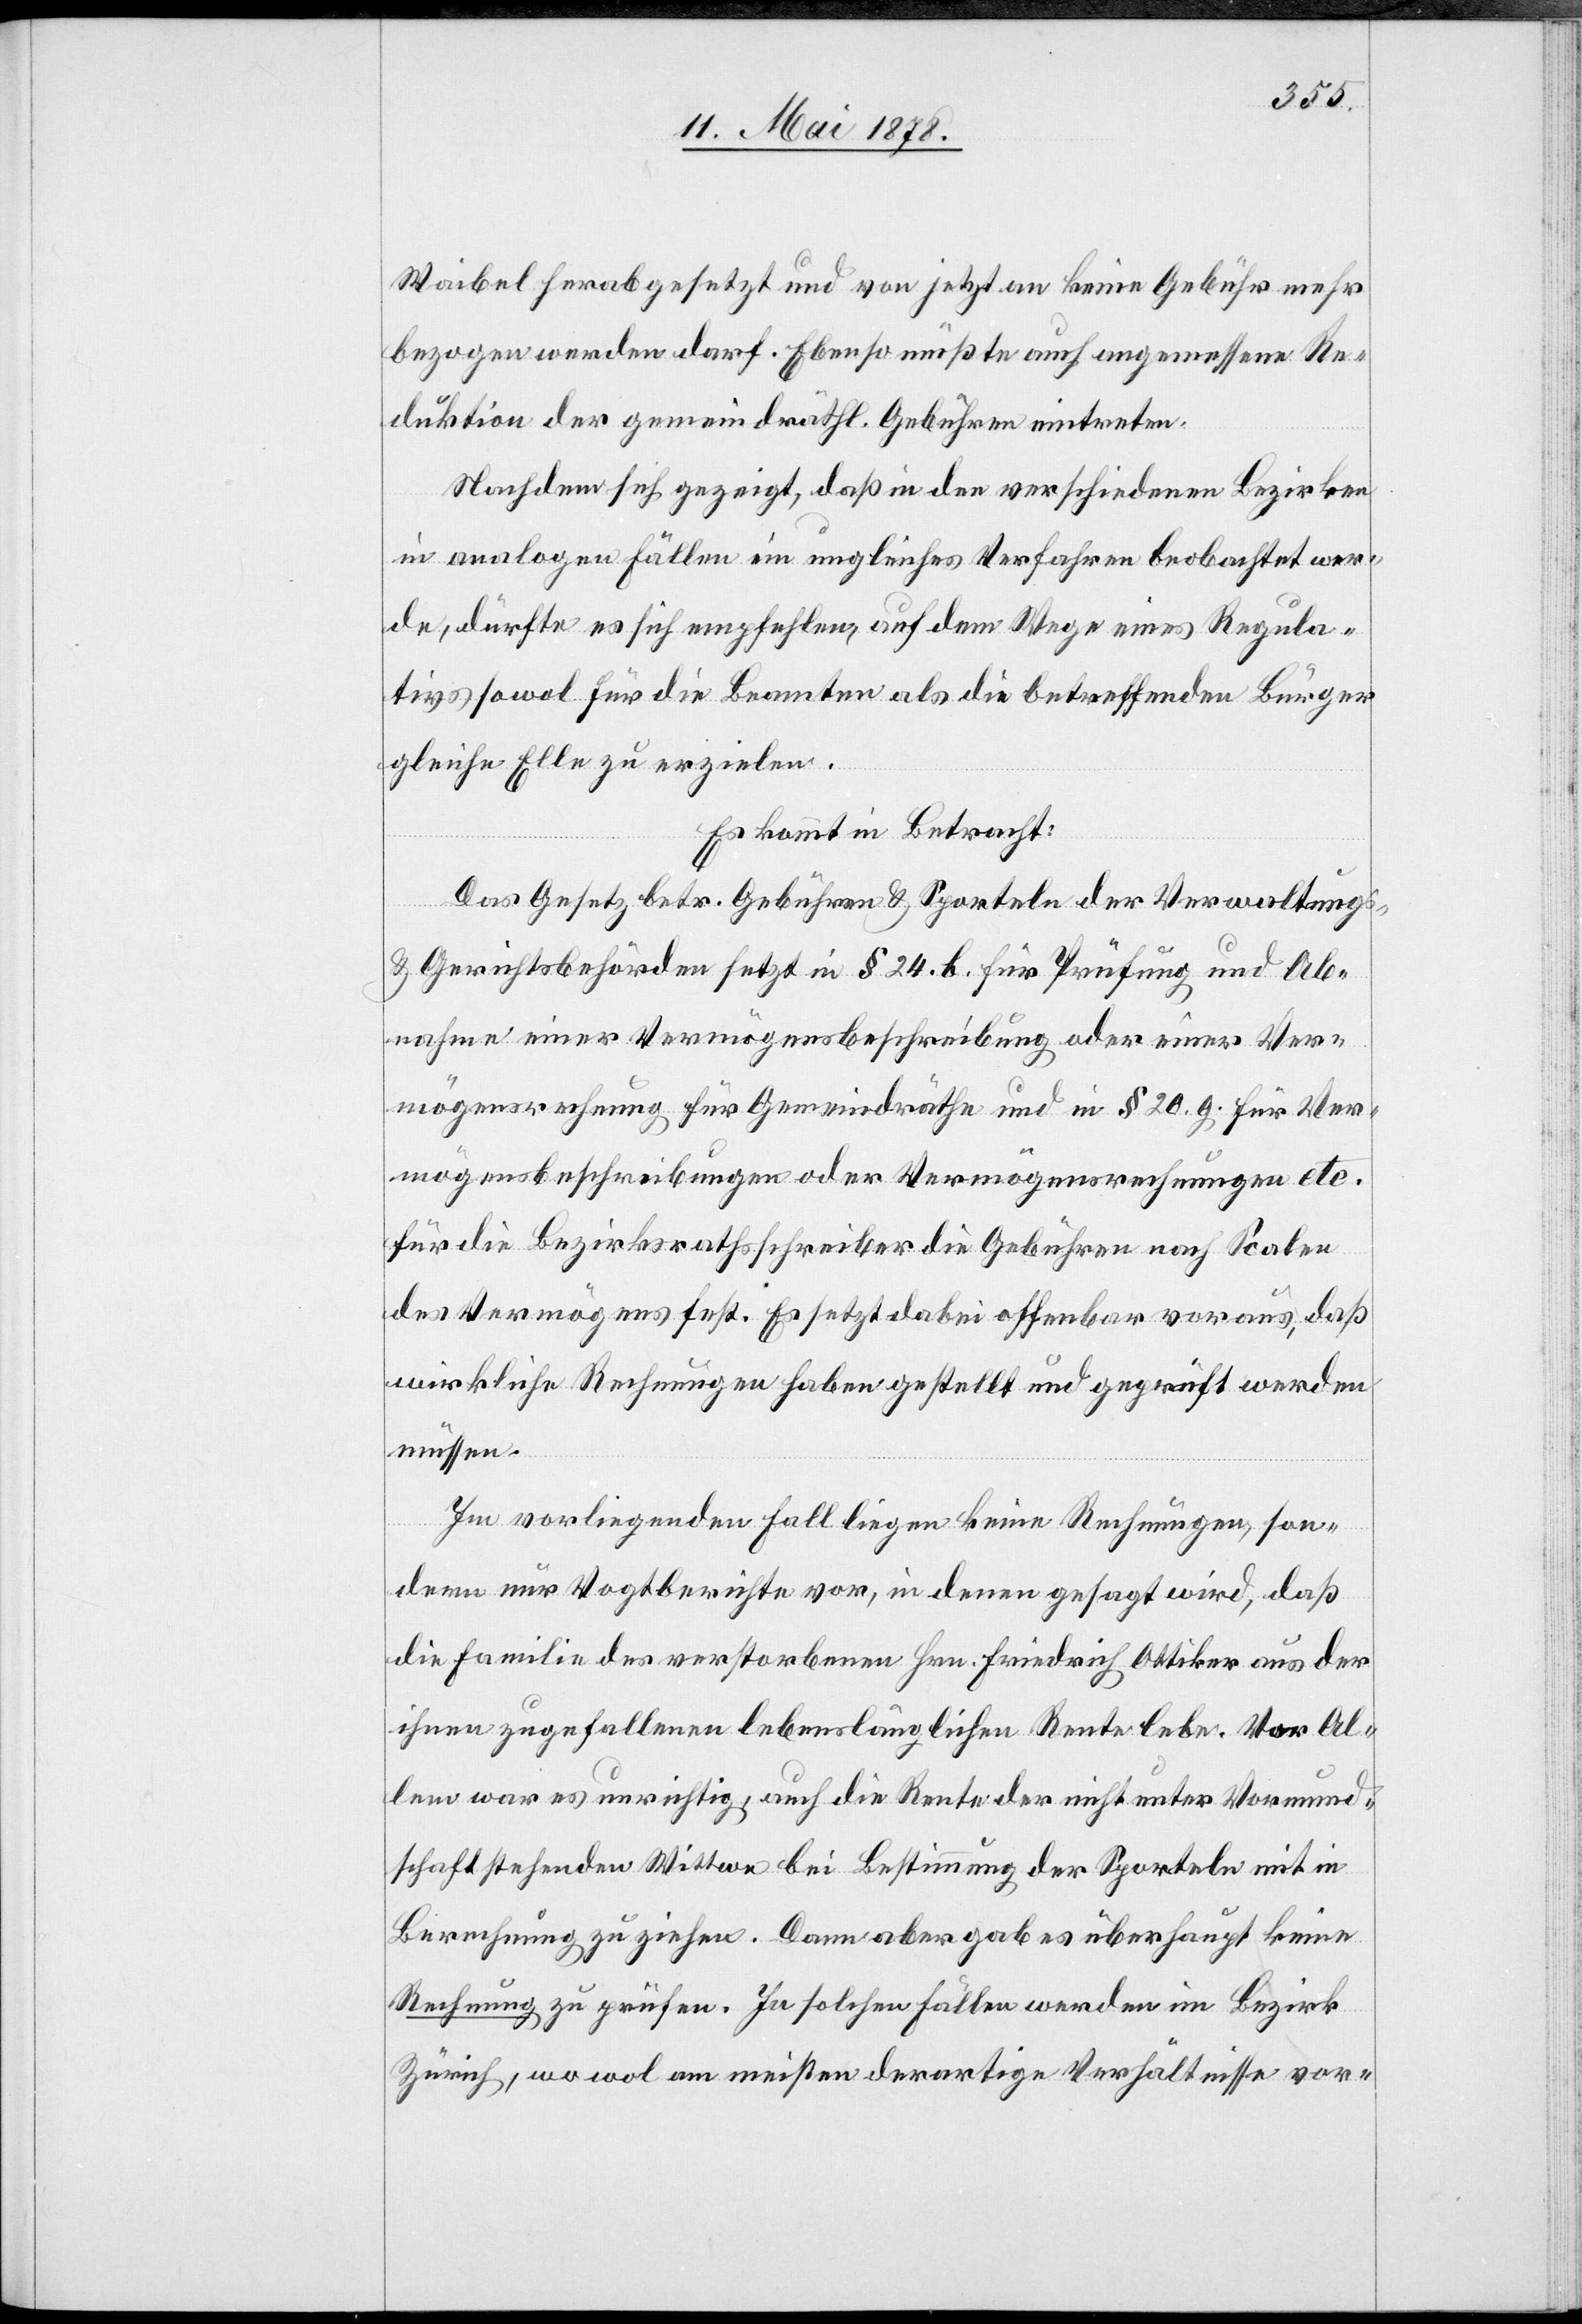
Waibel herabgesetzt und von jetzt an keine Gebühr mehr
bezogen werden darf. Ebenso müßte auch angemessene Re¬
duktion der gemeindräthl. Gebühren eintreten.
Nachdem sich gezeigt, daß in den verschiedenen Bezirken
in analogen Fälllen ein ungleiches Verfahren beobachtet wer¬
de, dürfte es sich empfehlen, auf dem Wege eines Regula¬
tivs sowol für die Beamten als die betreffenden Bürger
gleiche Elle zu erzielen.
Es kommt in Betracht:
Das Gesetz betr. Gebühren & Sporteln der Verwaltungs-
& Gerichtsbehörden setzt in § 24 b für Prüfung und Ab¬
nahme einer Vermögensbeschreibung oder einer Ver¬
mögensberechnung für Gemeindräthe und in § 20. g. für Ver¬
mögensbeschreibungen oder Vermögensrechnungen etc.
für die Bezirksrathsschreiber die Gebühren nach Scalen
des Vermögens fest. Es setzt dabei offenbar voraus, daß
wirkliche Rechnungen haben gestellt und geprüft werden
müssen.
Im vorliegenden Fall liegen keine Rechnungen, son¬
dern nur Vogtberichte vor, in denen gesagt wird, daß
die Familie des verstorbenen Hrn. Friedrich Ottiker aus der
ihnen zugefallenen lebenslänglichen Rente lebe. Vor Al¬
lem war es unrichtig, auch die Rente der nicht unter Vormund¬
schaft stehenden Wittwe bei Bestimmung der Sporteln mit in
Berechnung zu ziehen. Dann aber gab es überhaupt keine
Rechnung zu prüfen. In solchen Fällen werden im Bezirk
Zürich, wo wol am meisten derartige Verhältnisse vor-